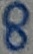
Text: 8